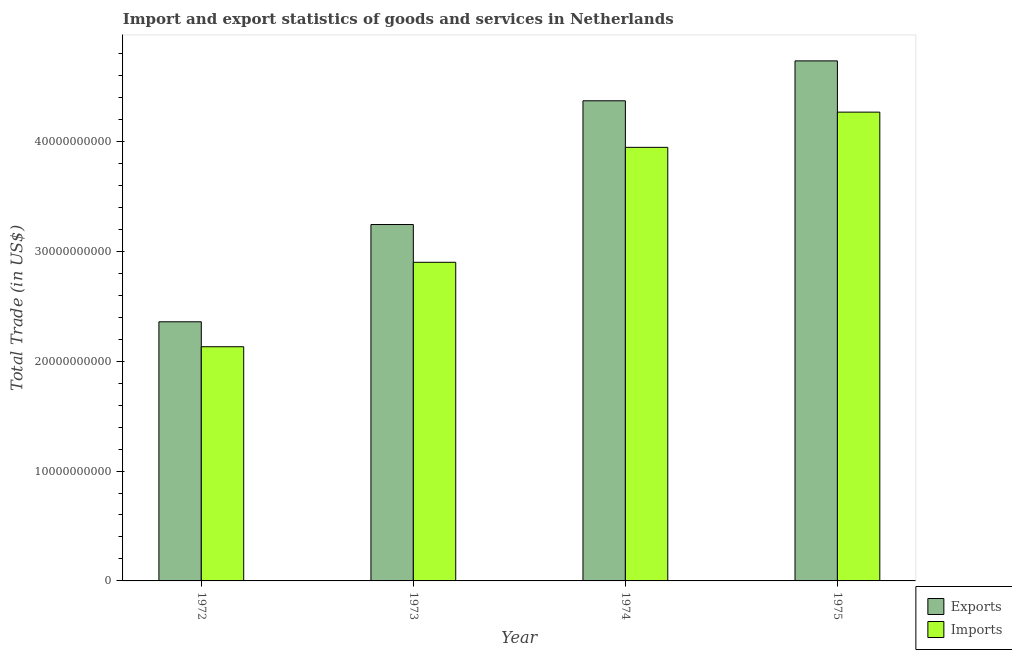
| Year | Exports | Imports |
 | --- | --- | --- |
 | 1972 | 2.36e+10 | 2.13e+10 |
 | 1973 | 3.24e+10 | 2.9e+10 |
 | 1974 | 4.37e+10 | 3.95e+10 |
 | 1975 | 4.73e+10 | 4.27e+10 |